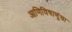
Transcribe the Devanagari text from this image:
आणिविषाणूंचा